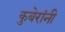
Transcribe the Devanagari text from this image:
कुबेरांनी